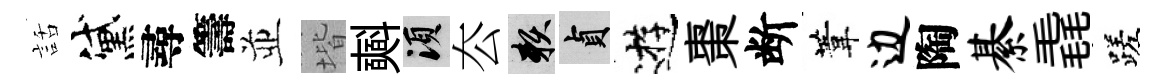
話黛尋籌並堦𣂏須厺賴貞逰棗断葦边陶綦毳蹉